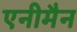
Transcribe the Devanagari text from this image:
एनीमैन